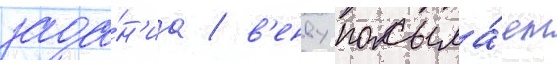
зада́н'иа / в'енву посыла́ет